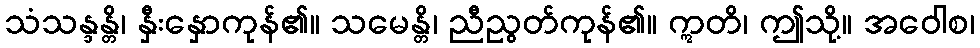
သံသန္ဒန္တိ၊ နှီးနှောကုန်၏။ သမေန္တိ၊ ညီညွတ်ကုန်၏။ ဣတိ၊ ဤသို့။ အဝေါစ၊